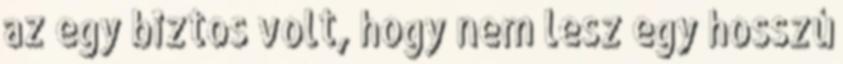
az egy biztos volt, hogy nem lesz egy hosszú